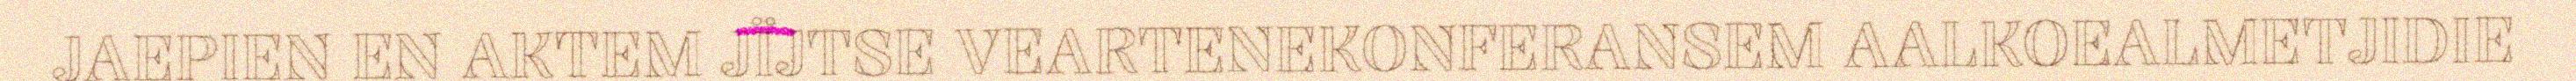
JAEPIEN EN AKTEM JÏJTSE VEARTENEKONFERANSEM AALKOEALMETJIDIE